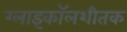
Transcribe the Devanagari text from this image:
ग्लाइकॉलशीतक